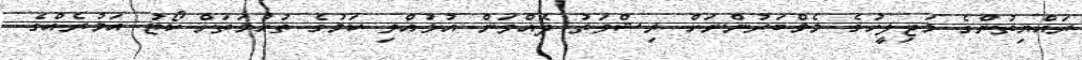
ރައްޔިތުންގެ މަޖިލީހުގެ މެމްބަރުންނަށް ރިޝްވަތު ދެއްވަން އުޅުއްވި ކަމުގެ ތުހުމަތަށް ކޯޓު އަމުރެއްގެ